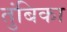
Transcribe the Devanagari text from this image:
तुंबिका